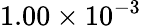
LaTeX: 1.00\times 10^{-3}